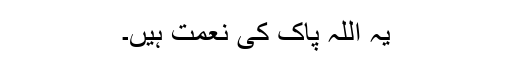
یہ اللّہ پاک کی نعمت ہیں۔